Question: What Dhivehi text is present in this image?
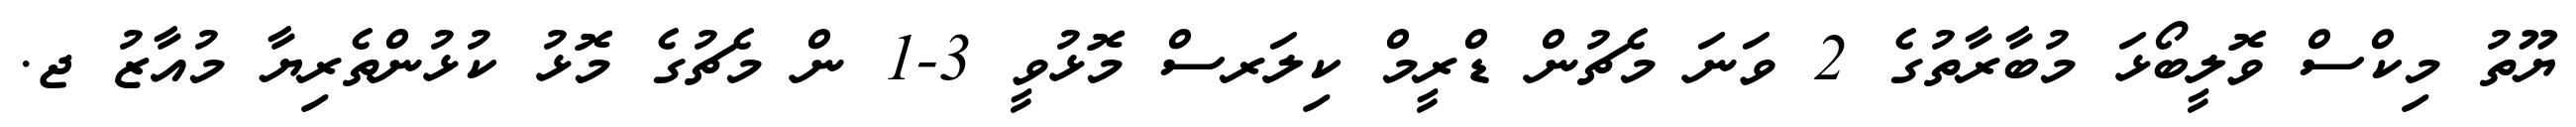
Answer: ޔޫތު މިކްސް ވޮލީބޯޅަ މުބާރާތުގެ 2 ވަނަ މެޗުން ޑްރީމް ކިލަރސް މޮޅުވީ 3-1 ން މެޗުގެ މޮޅު ކުޅުންތެރިޔާ މުއާޒު ޖ.